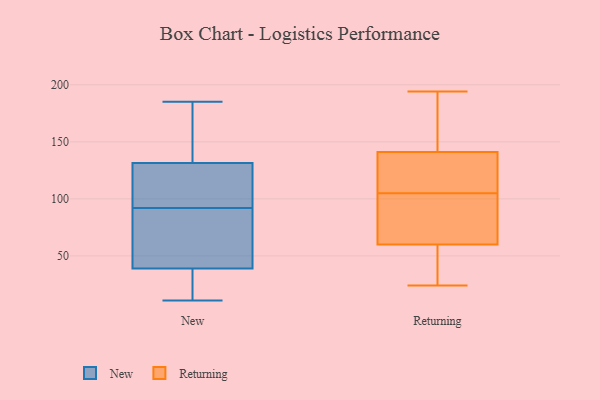
{"axis": {"x": "Humidity (%)", "y": "Value"}, "legend": ["New", "Returning"], "data": [{"x": "", "y": 11, "type": "New"}, {"x": "", "y": 48, "type": "New"}, {"x": "", "y": 130, "type": "New"}, {"x": "", "y": 185, "type": "New"}, {"x": "", "y": 98, "type": "New"}, {"x": "", "y": 59, "type": "New"}, {"x": "", "y": 23, "type": "New"}, {"x": "", "y": 100, "type": "New"}, {"x": "", "y": 171, "type": "New"}, {"x": "", "y": 32, "type": "New"}, {"x": "", "y": 92, "type": "New"}, {"x": "", "y": 153, "type": "New"}, {"x": "", "y": 36, "type": "New"}, {"x": "", "y": 90, "type": "New"}, {"x": "", "y": 132, "type": "New"}, {"x": "", "y": 60, "type": "Returning"}, {"x": "", "y": 154, "type": "Returning"}, {"x": "", "y": 84, "type": "Returning"}, {"x": "", "y": 135, "type": "Returning"}, {"x": "", "y": 114, "type": "Returning"}, {"x": "", "y": 139, "type": "Returning"}, {"x": "", "y": 33, "type": "Returning"}, {"x": "", "y": 33, "type": "Returning"}, {"x": "", "y": 194, "type": "Returning"}, {"x": "", "y": 141, "type": "Returning"}, {"x": "", "y": 96, "type": "Returning"}, {"x": "", "y": 24, "type": "Returning"}, {"x": "", "y": 145, "type": "Returning"}, {"x": "", "y": 73, "type": "Returning"}]}